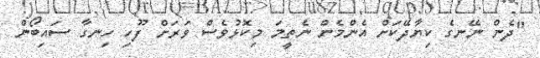
"ދެން ނޭނގެ ކިޔާދޭކަށް އެންމެން ނެތީމަ މިކޮޅުވެސް ވަރަށް ފޫހި ހިނގާ ސައިބޯން